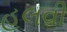
હલવી